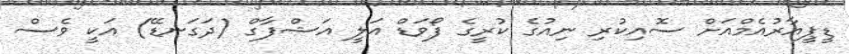
ޑީޕީއާރުއެމްއަށް ސޮއިކުރި ނިއުގެ ކުރީގެ ފޯވަޑް އަލީ އަޝްފާގް (ދަގަނޑޭ) އަކީ ވެސް